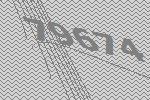
79674